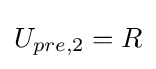
U_{pre,2}=R